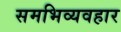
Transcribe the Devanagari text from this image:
समभिव्यवहार